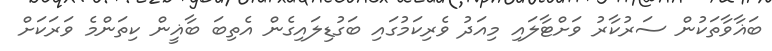
ބަޣާވާތަކުން ސަރުކާރު ވަށްޓާލައި މިއަދު ވެރިކަމުގައި ބަގުޑިލައިގެން އެތިބަ ބާޣީން ކިތަންމެ ވަރަކަށް